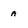
Character: a